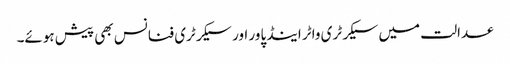
عدالت میں سیکرٹری واٹر اینڈ پاور اور سیکرٹری فنانس بھی پیش ہوئے۔